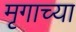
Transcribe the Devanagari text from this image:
मृगाच्या